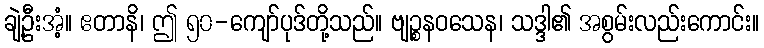
ချဲ့ဦးအံ့။ ဧတာနိ၊ ဤ ၅၀-ကျော်ပုဒ်တို့သည်။ ဗျဉ္စနဝသေန၊ သဒ္ဒါ၏ အစွမ်းလည်းကောင်း။